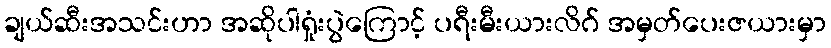
ချယ်ဆီးအသင်းဟာ အဆိုပါရှုံးပွဲကြောင့် ပရီးမီးယားလိဂ် အမှတ်ပေးဇယားမှာ